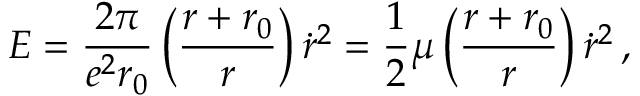
E = { \frac { 2 \pi } { e ^ { 2 } r _ { 0 } } } \left( { \frac { r + r _ { 0 } } { r } } \right) \dot { r } ^ { 2 } = { \frac { 1 } { 2 } } \mu \left( { \frac { r + r _ { 0 } } { r } } \right) \dot { r } ^ { 2 } \, ,